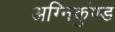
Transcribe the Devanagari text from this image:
अग्निकुंण्ड